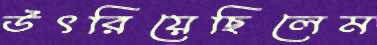
উৎরিয়েছিলেম